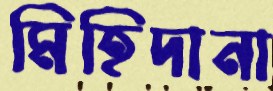
মিহিদানা